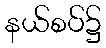
နယ်စပ်၌